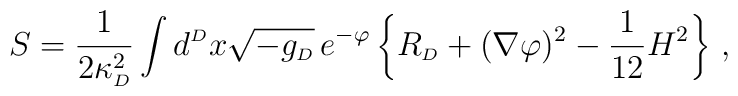
S = {1\over2\kappa_{\scriptscriptstyle{D}}^2} \int d^{\scriptscriptstyle{D}}x \sqrt{-g_{\scriptscriptstyle{D}}} \, e^{-\varphi} \left\{ R_{\scriptscriptstyle{D}} + (\nabla\varphi)^2 -{1\over12} H^2\right\} \, ,